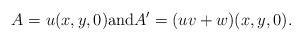
LaTeX: \begin{align*}A = u(x,y,0) \mbox{and} A' = (uv + w)(x,y,0).\end{align*}